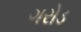
ગરોડ